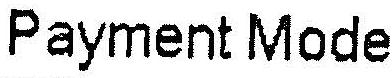
PAYMENT MODE